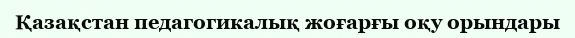
Қазақстан педагогикалық жоғарғы оқу орындары